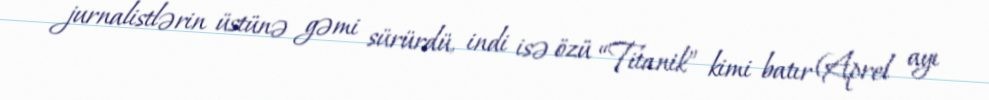
jurnalistlərin üstünə gəmi sürürdü, indi isə özü “Titanik” kimi batır (Aprel ayı